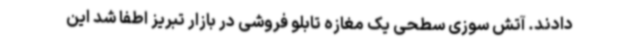
دادند. آتش سوزی سطحی یک مغازه تابلو فروشی در بازار تبریز اطفا شد این